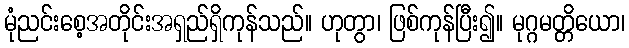
မုံညင်းစေ့အတိုင်းအရှည်ရှိကုန်သည်။ ဟုတွာ၊ ဖြစ်ကုန်ပြီး၍။ မုဂ္ဂမတ္တိယော၊